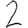
Digit: 2